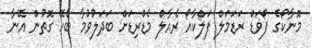
މޮނާކޯގެ ފޯވަޑް ރަޑަމަލް ފަލްކާއޯ ރެއާލް މެޑްރިޑަށް ބަދަލުވުމާ ބެހޭ ގޮތުން އޭނާ